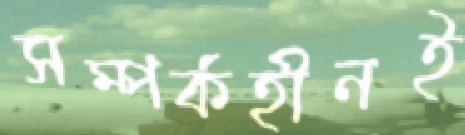
সম্পর্কহীনই